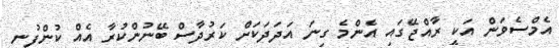
އެމްސެވަން އަކީ ރާއްޖޭގައި އެންމެ ގިނަ އަދަދަކަށް ކަރުދާސް ބޭނުންކުރާ އެއް ކުންފުނި